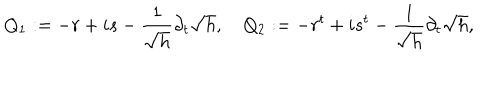
LaTeX: Q _ { 1 } : = - r + i s - \frac { 1 } { \sqrt { h } } \partial _ { t } \sqrt { h } , \quad Q _ { 2 } : = - r ^ { t } + i s ^ { t } - \frac { 1 } { \sqrt { h } } \partial _ { t } \sqrt { h } ,